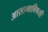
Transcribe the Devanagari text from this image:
आसामाविषयी